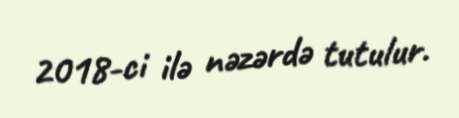
2018-ci ilə nəzərdə tutulur.